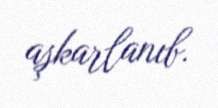
aşkarlanıb.